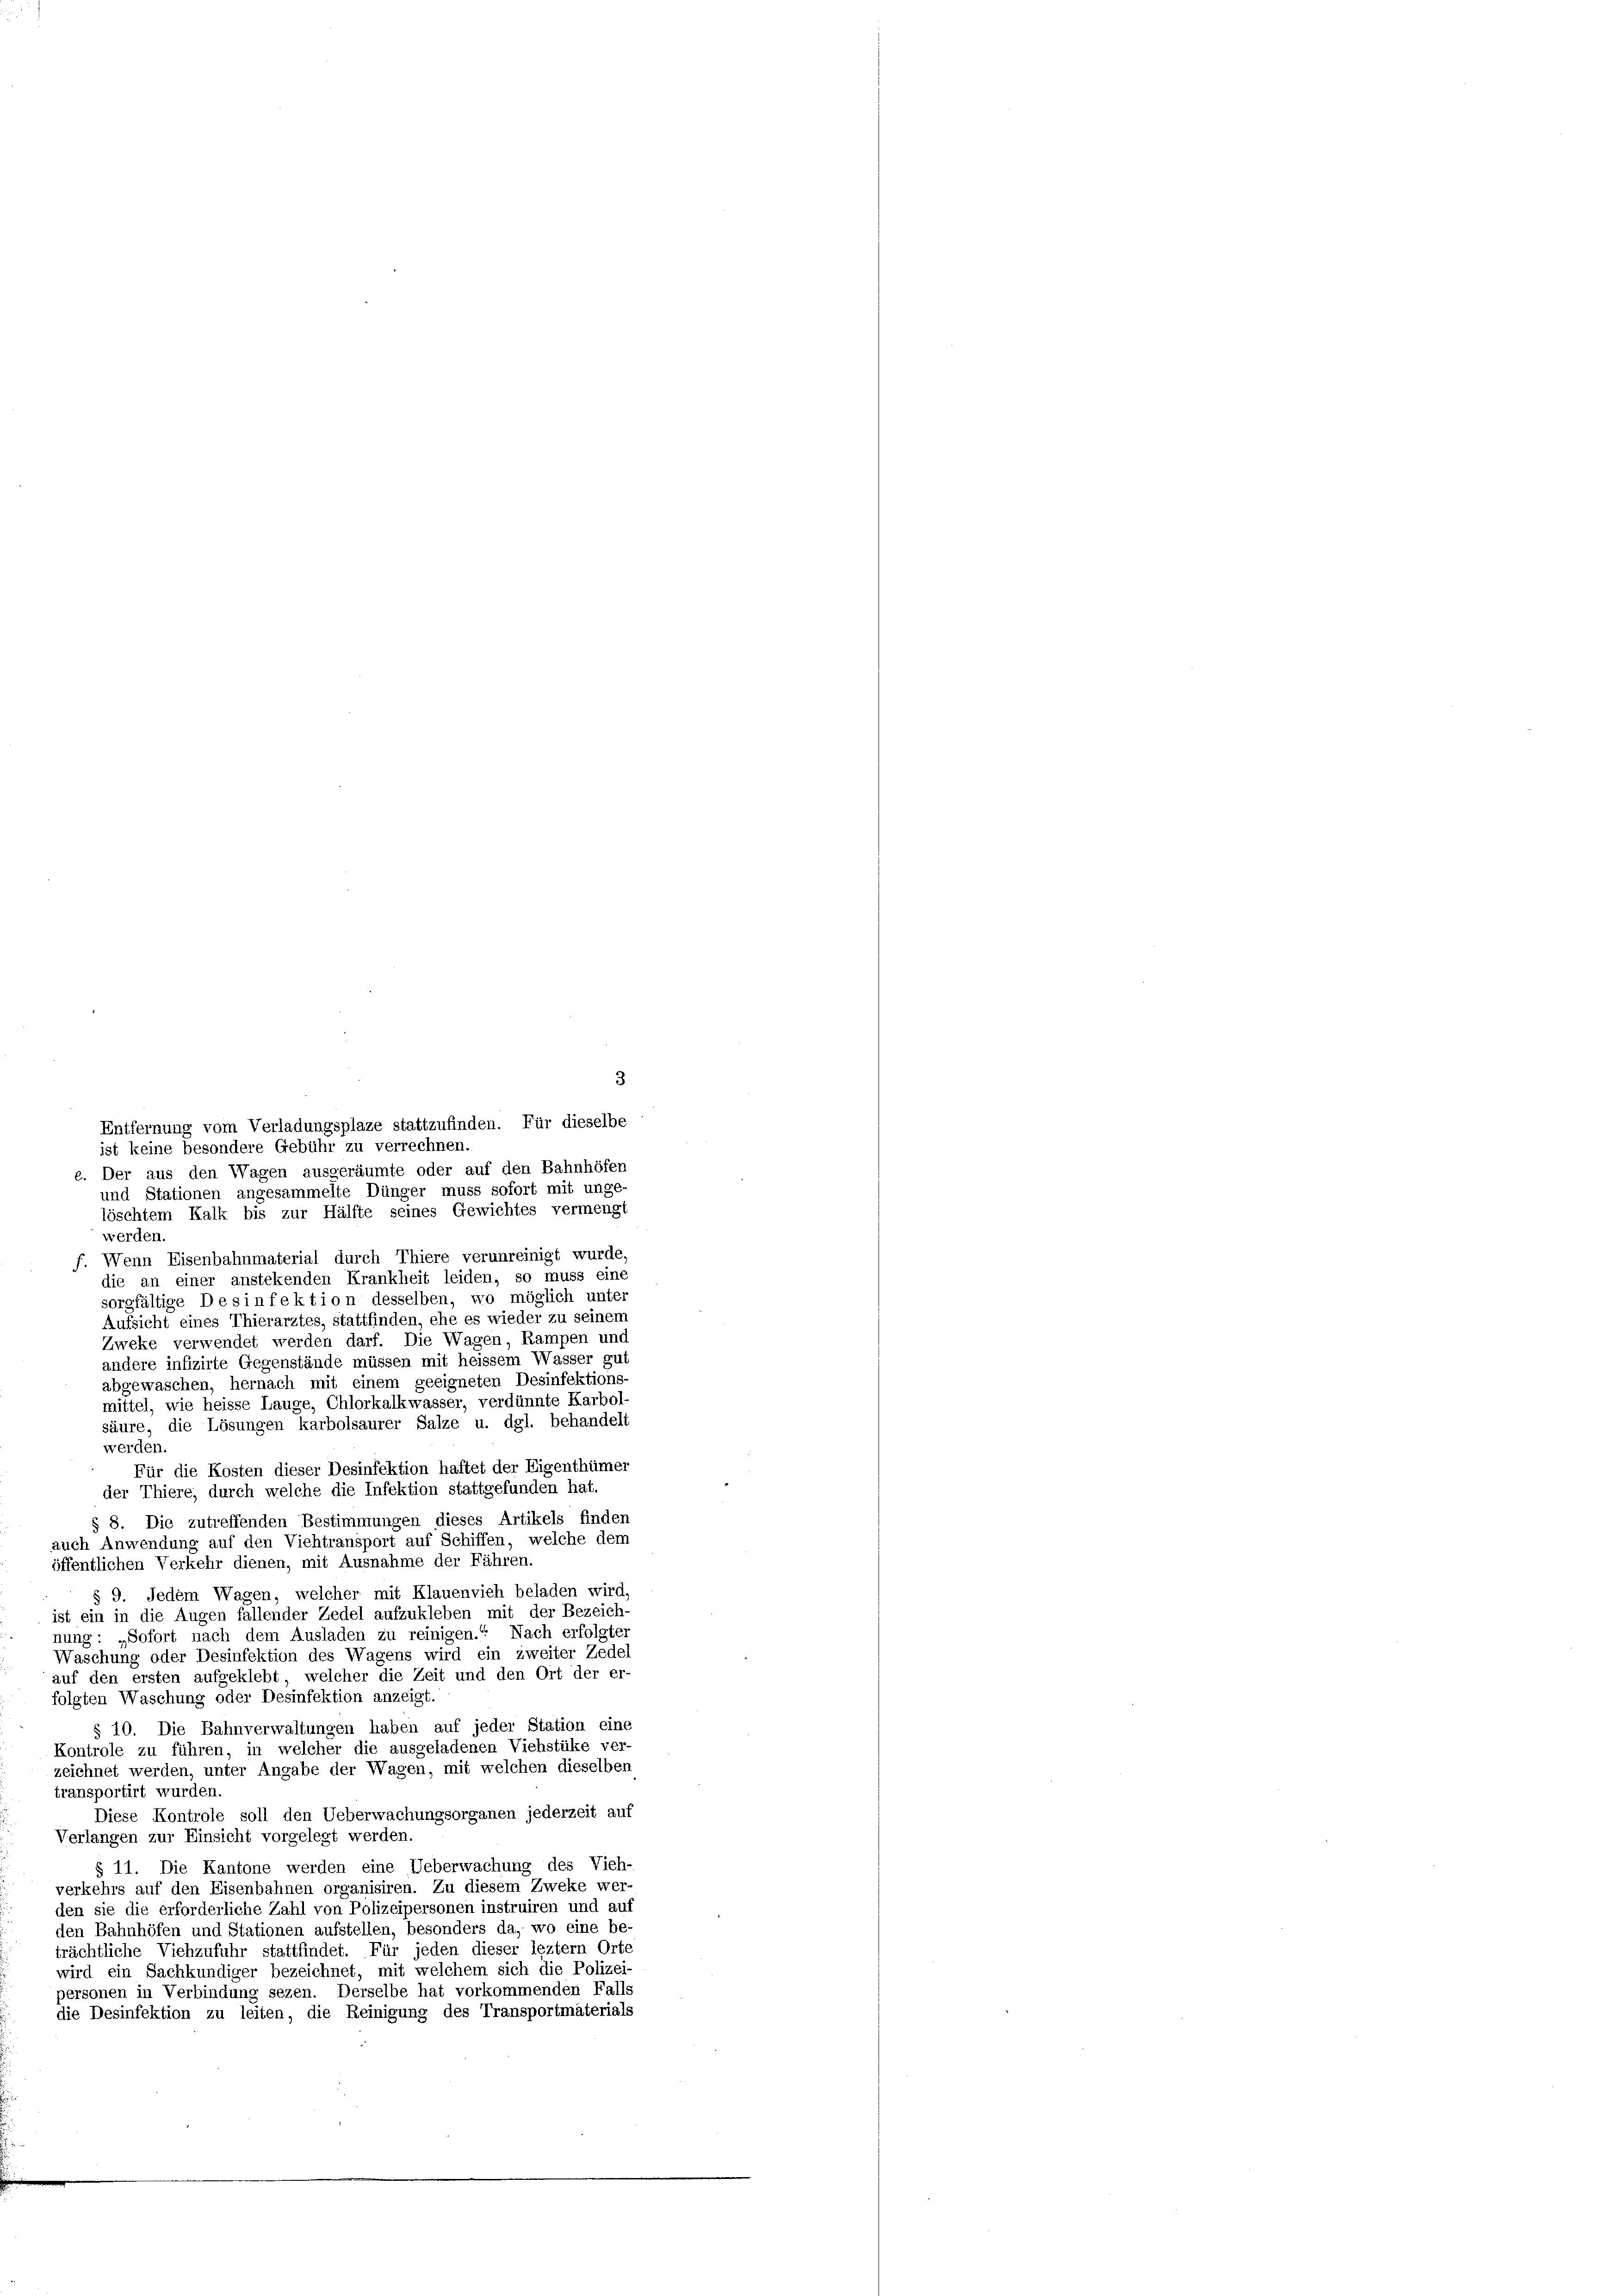
3
e. Der aus den Wagen ausgeräumte oder auf den Bahnhöfen
und Stationen angesammelte Dünger muss sofort mit unge-
löschtem Kalk bis zur Hälfte seines Gewichtes vermengt
werden.
f. Wenn Eisenbahnmaterial durch Thiere verunreinigt wurde
die an einer anstekenden Krankheit leiden, so muss eine
sorgfältige Desinfektion desselben, wo möglich unter
Aufsicht eines Thierarztes, stattfinden, ehe es wieder zu seinem
Zweke verwendet werden darf. Die Wagen, Rampen und
andere infizirte Gegenstände müssen mit heissem Wasser gut
abgewaschen, hernach mit einem geeigneten Desinfektions-
mittel, wie heisse Lauge, Chlorkalkwasser, verdünnte Karbol-
säure, die Lösungen karbolsaurer Salze u. dgl. behandelt
werden.
Für die Kosten dieser Desinfektion haftet der Eigenthümer
der Thiere, durch welche die Infektion stattgefunden hat.
§ 8. Die zutreffenden Bestimmungen dieses Artikels finden
auch Anwendung auf den Viehtransport auf Schiffen, welche dem
öffentlichen Verkehr dienen, mit Ausnahme der Fähren.
§ 9. Jedem Wagen, welcher mit Klauenvieh beladen wird,
ist ein in die Augen fallender Zedel aufzukleben mit der Bezeich-
nung : „Sofort nach dem Ausladen zu reinigen.“ Nach erfolgter
Waschung oder Desinfektion des Wagens wird ein zweiter Zedel
auf den ersten aufgeklebt, welcher die Zeit und den Ort der er-
folgten Waschung oder Desinfektion anzeigt.
§ 10. Die Bahnverwaltungen haben auf jeder Station eine
Kontrole zu führen, in welcher die ausgeladenen Viehstüke ver-
zeichnet werden, unter Angabe der Wagen, mit welchen dieselben
transportirt wurden.
Diese Kontrole soll den Ueberwachungsorganen jederzeit auf
Verlangen zur Einsicht vorgelegt werden.
§ 11. Die Kantone werden eine Ueberwachung des Vieh-
verkehrs auf den Eisenbahnen organisiren. Zu diesem Zweke wer-
den sie die erforderliche Zahl von Polizeipersonen instruiren und auf
den Bahnhöfen und Stationen aufstellen, besonders da, wo eine be-
trächtliche Viehzufuhr stattfindet. Für jeden dieser leztem Orte
wird ein Sachkundiger bezeichnet, mit welchem sich die Polizei-
personen in Verbindung sezen. Derselbe hat vorkommenden Falle
die Desinfektion zu leiten, die Reinigung des Transportmaterials

Entfernung vom Verladungsplaze stattzufinden. Für dieselbe
ist keine besondere Gebühr zu verrechnen